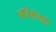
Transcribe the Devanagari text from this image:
अरिहंतचा